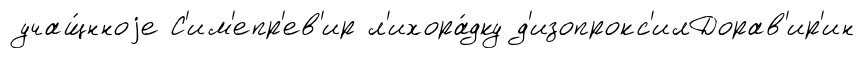
учащ́нноjе С'им'епр'ев'ир л'ихора́дку д'изопрокс'илДорав'ир'ин